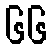
၆၆